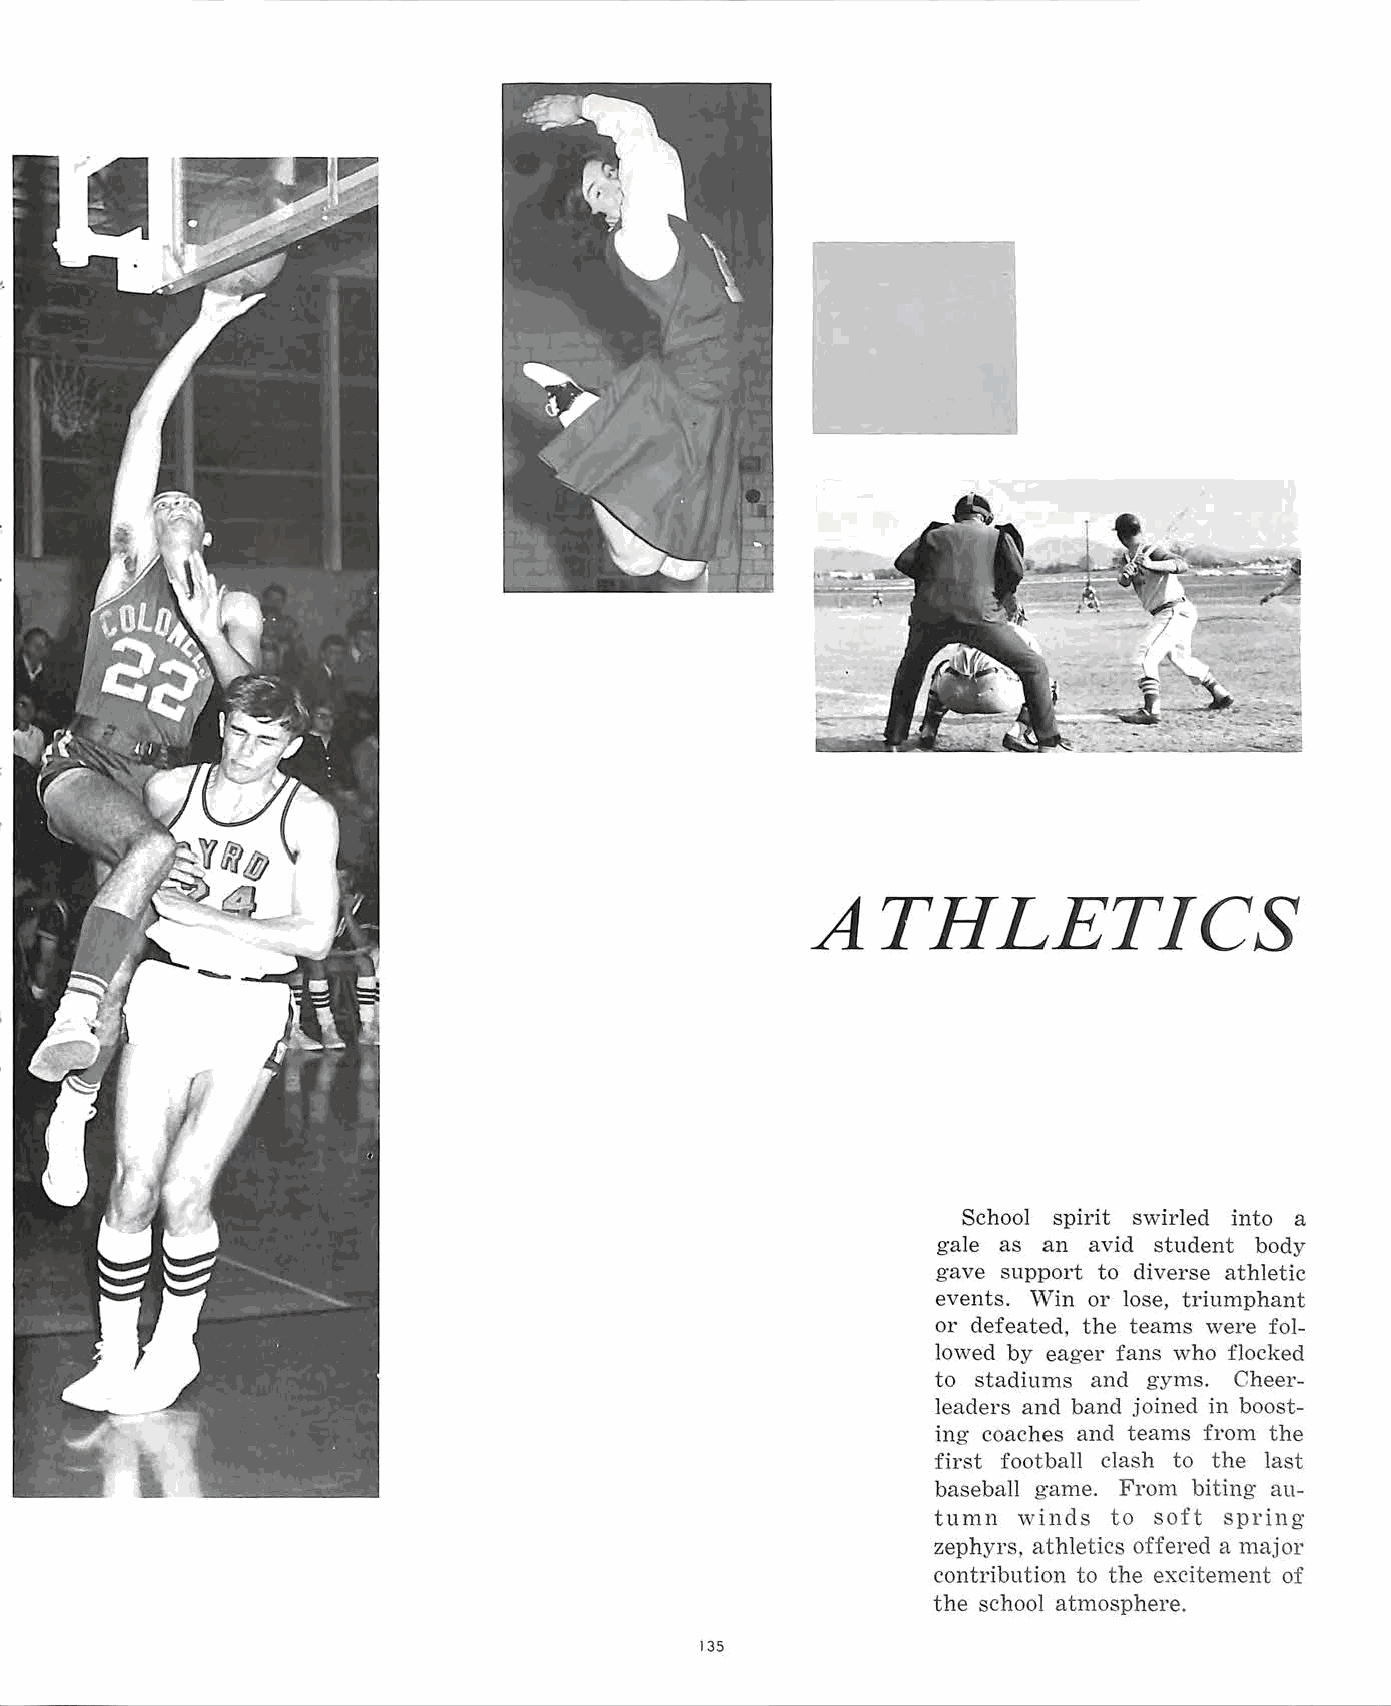
ATHLETICS
 School spirit swirled into a
 gale as an avid student body
 gave support to diverse athletic
 events. \Vin or lose, triumphant
 or defeated, the teams were fol
 lowed by eager fans who flocked
 to stadiums and gyms. Cheer
 leaders and band joined in boost
 ing coaches and teams from the
 first football clash to the last
 baseball game. From biting au
 tumn winds to soft spring·
 zephyrs, athletics offered a major
 contribution to the excitement of
 the school atmosphere.
 135